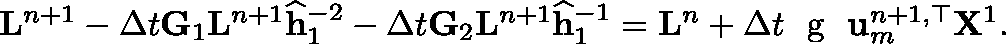
\begin{array} { r } { \mathbf { L } ^ { n + 1 } - \Delta t \mathbf { G } _ { 1 } \mathbf { L } ^ { n + 1 } \mathbf { \widehat h } _ { 1 } ^ { - 2 } - \Delta t \mathbf { G } _ { 2 } \mathbf { L } ^ { n + 1 } \mathbf { \widehat h } _ { 1 } ^ { - 1 } = \mathbf { L } ^ { n } + \Delta t \textrm { \boldmath { g } } \mathbf { u } _ { m } ^ { n + 1 , \top } \mathbf { X } ^ { 1 } . } \end{array}